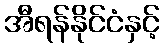
အီရန်နိုင်ငံနှင့်